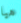
هيا